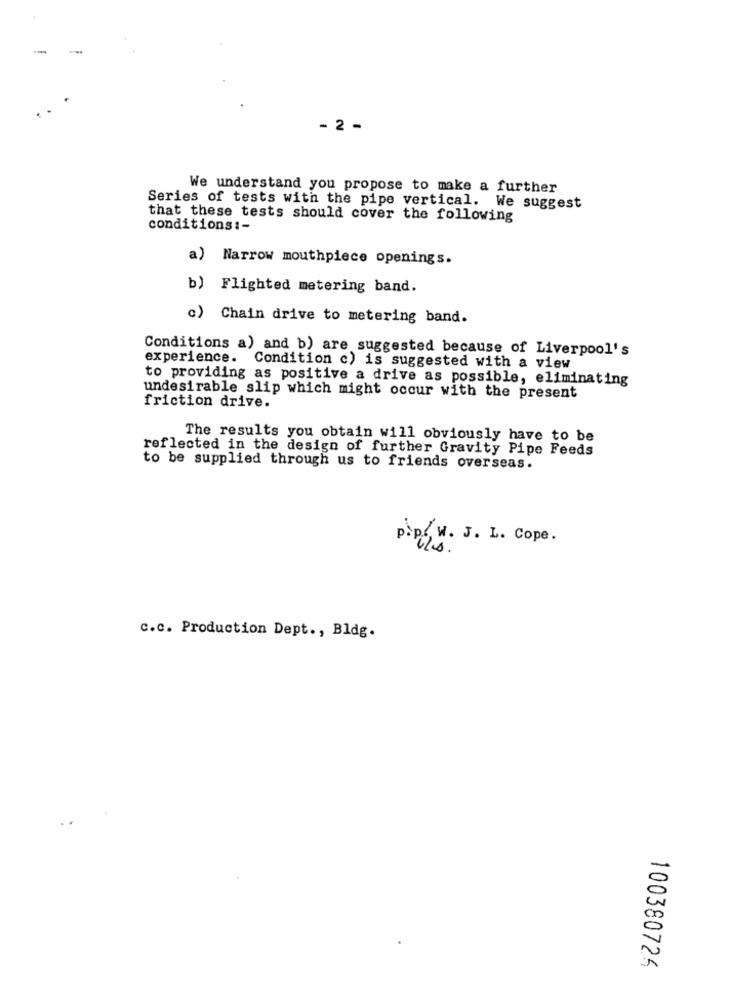
- 2 -
We understand you propose to make a further
Series of tests with the pipe vertical. We suggest
that these tests should cover the following
conditions :-
a) Narrow mouthpiece openings.
b) Flighted metering band.
c) Chain drive to metering band.
Conditions a) and b) are suggested because of Liverpool's
experience. Condition c) is suggested with a view
to providing as positive a drive as possible, eliminating
undesirable slip which might occur with the present
friction drive.
The results you obtain will obviously have to be
reflected in the design of further Gravity Pipe Feeds
to be supplied through us to friends overseas.
p.p. W. J. L. Cope.
c.c. Production Dept ., Bldg.
100380724